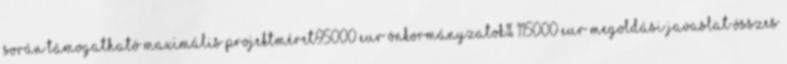
során támogatható maximális projektméret95000 EUR▪Önkormányzatok% 115000 EUR▪Megoldási javaslat összes